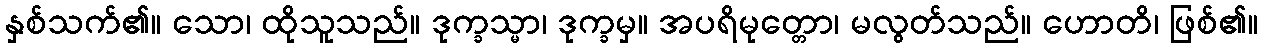
နှစ်သက်၏။ သော၊ ထိုသူသည်။ ဒုက္ခသ္မာ၊ ဒုက္ခမှ။ အပရိမုတ္တော၊ မလွတ်သည်။ ဟောတိ၊ ဖြစ်၏။